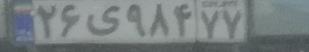
۲۶ی۹۸۴۷۷